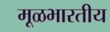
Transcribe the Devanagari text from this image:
मूळभारतीय